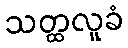
သတ္ထလူခံ